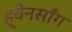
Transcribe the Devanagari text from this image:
ह्वेनसाँग